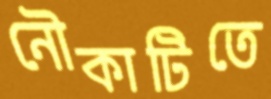
নৌকাটিতে